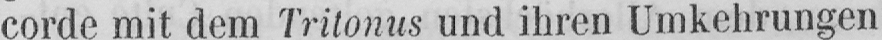
corde mit dem Tritonus und ihren Umkehrungen